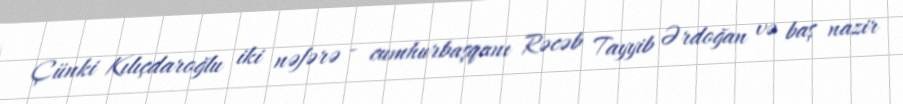
Çünki Kılıçdaroğlu iki nəfərə - cumhurbaşqanı Rəcəb Tayyib Ərdoğan və baş nazir